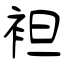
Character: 袒